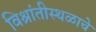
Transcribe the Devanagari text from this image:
विश्रांतीस्थळाचे